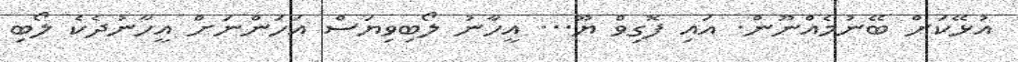
އުޅޭކަށް ބޭނުމެއްނޫން. އައި ފޮގިވް ޔޫ... އީހާނު ލޯބިވިޔަސް އަހަންނަށް އީހާނުދެކެ ލޯބި